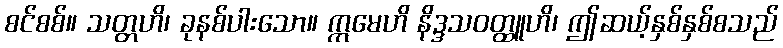
စင်စစ်။ သတ္တဟိ၊ ခုနစ်ပါးသော။ ဣမေဟိ နိဒ္ဒသဝတ္ထူဟိ၊ ဤဆယ့်နှစ်နှစ်စသည်